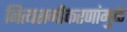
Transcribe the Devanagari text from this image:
नित्यसमीकरणांमुळे